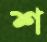
শ